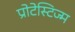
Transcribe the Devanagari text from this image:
प्रोटेस्टिज्म